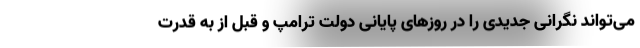
می‌تواند نگرانی جدیدی را در روزهای پایانی دولت ترامپ و قبل از به قدرت